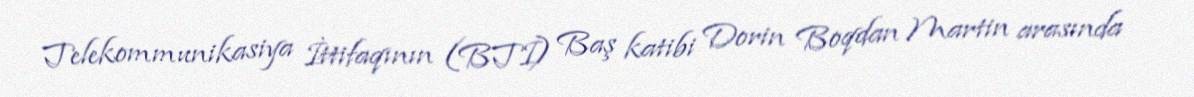
Telekommunikasiya İttifaqının (BTİ) Baş katibi Dorin Boqdan Martin arasında